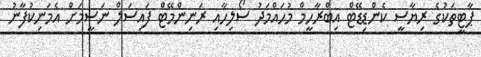
ޕާޓީތަކުގެ ރިޔާސީ ކެންޑިޑޭޓް އިބްރާހީމް މުހައްމަދު ސޯލިހާއި ރަނިންމޭޓް ފައިސަލް ނަސީމަށް އެމަނިކުފާނު